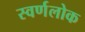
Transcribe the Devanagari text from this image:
स्वर्णलोक